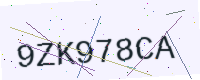
Text: 9ZK978CA